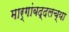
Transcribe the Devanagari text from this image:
मार्गांबद्दलच्या